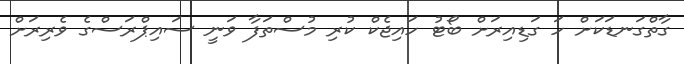
ގާތްގަނޑަކަށް ހަ ގަޑިއިރަށް ބޯޓު ހައިޖެކް ކުރި މުސްތަފާ ވަނީ ސައިޕްރަސްގެ ވެރިރަށް